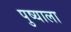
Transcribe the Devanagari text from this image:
पुष्याला